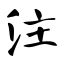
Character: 注